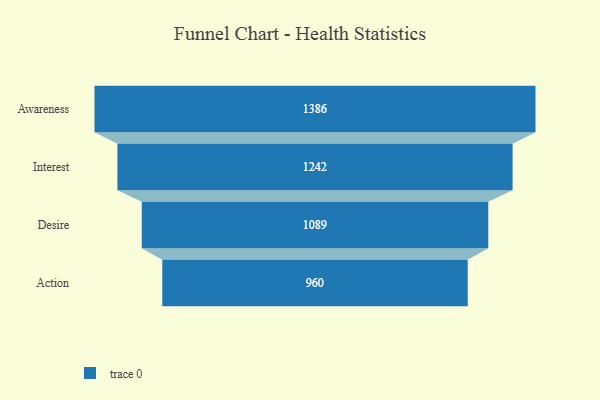
{"axis": {"x": "Stage", "y": "Value"}, "legend": [""], "data": [{"x": "Awareness", "y": 1386.0, "type": ""}, {"x": "Interest", "y": 1242.0, "type": ""}, {"x": "Desire", "y": 1089.0, "type": ""}, {"x": "Action", "y": 960.0, "type": ""}]}